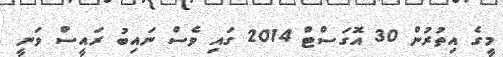
މީގެ އިތުރުން 30 އޮގަސްޓް 2014 ގައި ވެސް ނައިބު ރައީސް ވަނީ